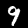
Digit: 9